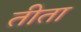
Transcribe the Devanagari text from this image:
तीता